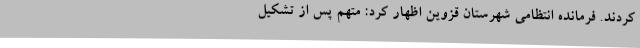
کردند. فرمانده انتظامی شهرستان قزوین اظهار کرد: متهم پس از تشکیل